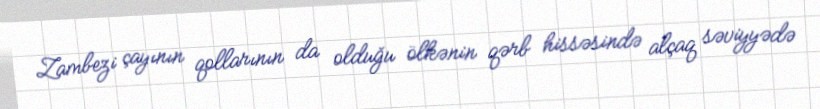
Zambezi çayının qollarının da olduğu ölkənin qərb hissəsində alçaq səviyyədə